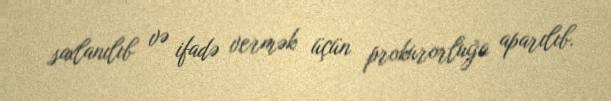
saxlanılıb və ifadə vermək üçün prokurorluğa aparılıb.